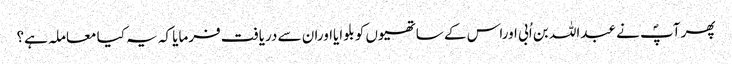
پھر آپؐ نے عبداللہ بن اُبی اوراس کے ساتھیوں کو بلوایااوران سے دریافت فرمایا کہ یہ کیا معاملہ ہے؟